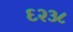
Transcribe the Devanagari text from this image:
६२३८